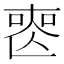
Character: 𠷔